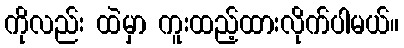
ကိုလည်း ထဲမှာ ကူးထည့်ထားလိုက်ပါမယ်။